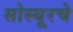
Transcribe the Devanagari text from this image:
सोस्यूरचे